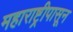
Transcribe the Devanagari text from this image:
महाराष्ट्रीपासून